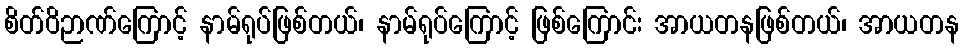
စိတ်ဝိဉာဏ်ကြောင့် နာမ်ရုပ်ဖြစ်တယ်၊ နာမ်ရုပ်ကြောင့် ဖြစ်ကြောင်း အာယတနဖြစ်တယ်၊ အာယတန